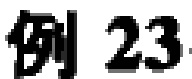
例 23